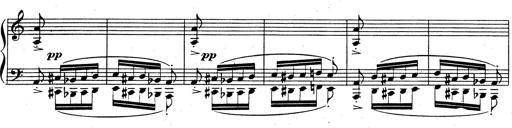
Title: Rhapsodie espagnole
Composer: Franz Liszt